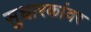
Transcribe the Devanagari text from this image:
सुधारकांवर